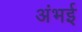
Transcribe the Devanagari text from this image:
अंभई